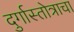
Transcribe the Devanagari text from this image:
दुर्गास्तोत्राचा